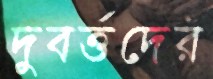
দুবর্ত্তদের